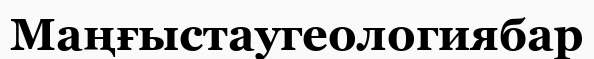
Маңғыстаугеологиябар